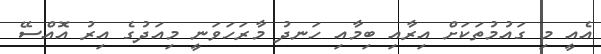
އެއީ މި ގައުމުތަކަށް އިރާއި ބިމާއި ހަނދު މާރަހަވަނީ މިއަދުގެ އިރު އޮއްސޭ